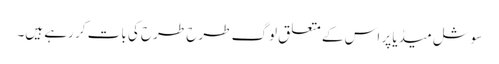
سوشل میڈیا پر اس کے متعلق لوگ طرح طرح کی بات کر رہے ہیں۔